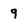
Character: 9